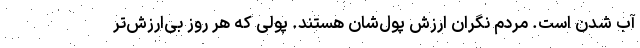
آب شدن است. مردم نگران ارزش پول‌شان هستند. پولی که هر روز بی‌ارزش‌تر